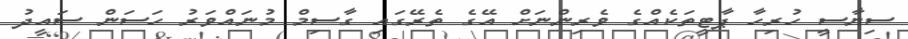
ސިޔާސީ ހުރިހާ ޕާޓީތަކެއްގެ ވެރިންނަށް އޭގެ ތެރޭގައި ގާސިމް މުނައްވަރު ހަސަން ސައީދު